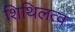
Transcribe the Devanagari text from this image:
शिथिलत्व